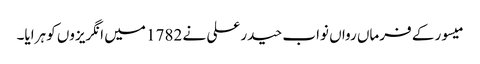
میسور کے فرماں رواں نواب حیدر علی نے 1782 میں انگریزوں کو ہرایا۔